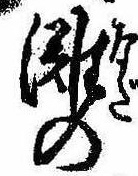
灘の